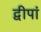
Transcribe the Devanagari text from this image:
द्वीपां